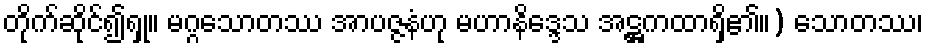
တိုက်ဆိုင်၍ရှု။ မဂ္ဂသောတဿ အာပဇ္ဇနံဟု မဟာနိဒ္ဒေသ အဋ္ဌကထာရှိ၏။) သောတဿ၊